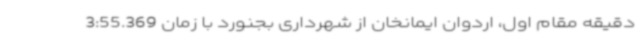
دقیقه مقام اول، اردوان ایمانخان از شهرداری بجنورد با زمان 3:55.369